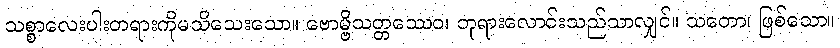
သစ္စာလေးပါးတရားကိုမသိသေးသော။ ဗောမ္ဗိသတ္တဿေဝ၊ ဘုရားလောင်းသည်သာလျှင်။ သတော၊ ဖြစ်သော။